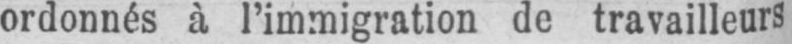
ordonnés à l’immigration de travailleurs